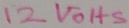
Text: 12VOHS